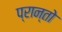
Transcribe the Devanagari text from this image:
प्रान्‍तो